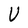
Character: U